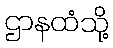
ဌာနထံသို့